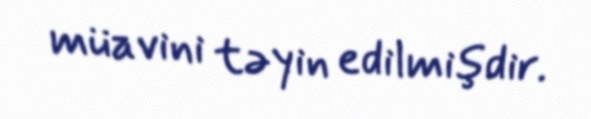
müavini təyin edilmişdir.